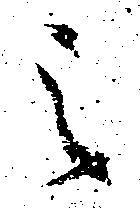
之